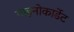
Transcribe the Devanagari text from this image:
गाइनोकार्डेट